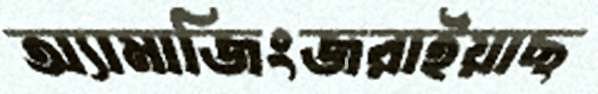
অ্যামাজিংজরাইয়াছ